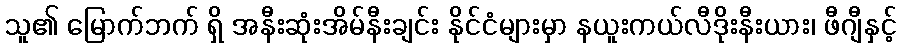
သူ၏ မြောက်ဘက် ရှိ အနီးဆုံးအိမ်နီးချင်း နိုင်ငံများမှာ နယူးကယ်လီဒိုးနီးယား၊ ဖီဂျီနှင့်